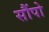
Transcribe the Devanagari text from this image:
सौंपो